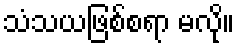
သံသယဖြစ်စရာ မလို။